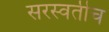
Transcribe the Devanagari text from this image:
सरस्वतीच